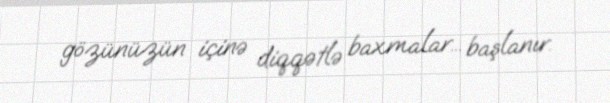
gözünüzün içinə diqqətlə baxmalar... başlanır.